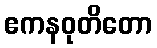
ဧကနဝုတိတော